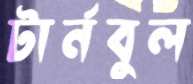
টার্নবুল